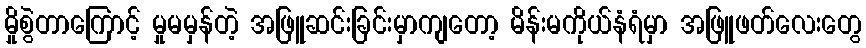
မှိုစွဲတာကြောင့် မှုမမှန်တဲ့ အဖြူဆင်းခြင်းမှာကျတော့ မိန်းမကိုယ်နံရံမှာ အဖြူဖတ်လေးတွေ